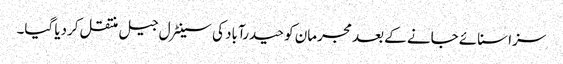
سزا سنائے جانے کے بعد مجرمان کو حیدرآباد کی سینٹرل جیل منتقل کردیا گیا۔